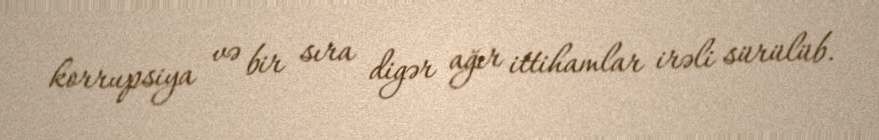
korrupsiya və bir sıra digər ağır ittihamlar irəli sürülüb.